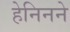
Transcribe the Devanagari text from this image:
हेनिनने